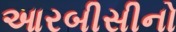
આરબીસીનો